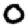
Digit: 0